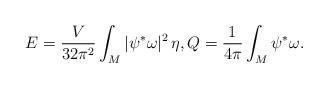
LaTeX: \begin{align*} E = \frac{V}{32\pi^2}\int_M |\psi^*\omega|^2\,\eta, Q = \frac{1}{4\pi}\int_M \psi^*\omega.\end{align*}